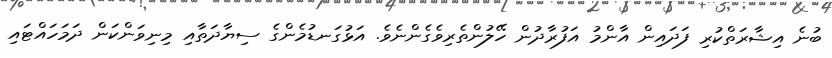
ބުނެ އިޝާރަތްކުރި ފަދައިން އާންމު އަފުރާދުން ހޭލުންތެރިވެގެންނެވެ. އަޅުގަނޑުމެންގެ ސިޔާދަތާއި މިނިވަންކަން ދަމަހައްޓައި